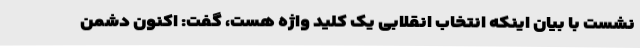
نشست با بیان اینکه انتخاب انقلابی یک کلید واژه هست، گفت: اکنون دشمن